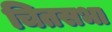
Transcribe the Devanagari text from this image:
चितसभा